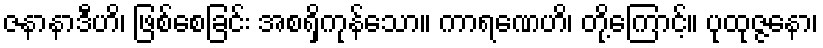
ဇနာနာဒီဟိ၊ ဖြစ်စေခြင်း အစရှိကုန်သော။ ကာရဏေဟိ၊ တို့ကြောင့်။ ပုထုဇ္ဇနော၊